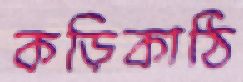
কড়িকাঠি